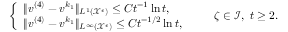
\begin{array} { r } { \left\{ \begin{array} { l l } { \| v ^ { ( 4 ) } - v ^ { k _ { 1 } } \| _ { L ^ { 1 } ( \mathcal { X } ^ { \epsilon } ) } \leq C t ^ { - 1 } \ln t , } \\ { \| v ^ { ( 4 ) } - v ^ { k _ { 1 } } \| _ { L ^ { \infty } ( \mathcal { X } ^ { \epsilon } ) } \leq C t ^ { - 1 / 2 } \ln t , } \end{array} \right. \qquad \zeta \in \mathcal { I } , \ t \geq 2 . } \end{array}